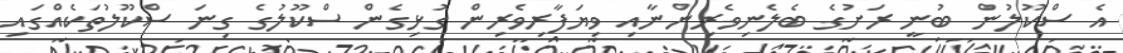
އެ ސްކޫލުން ބުނީ ރަށުގެ ބެލެނިވެރިންނާއި ވިޔަފާރިވެރިން ގުޅިގެން ސްކޫލުގެ ގިނަ ސްކޫލުތަކެއްގައި